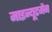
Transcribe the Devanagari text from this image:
माइन्यूटमैन